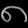
Digit: ၈